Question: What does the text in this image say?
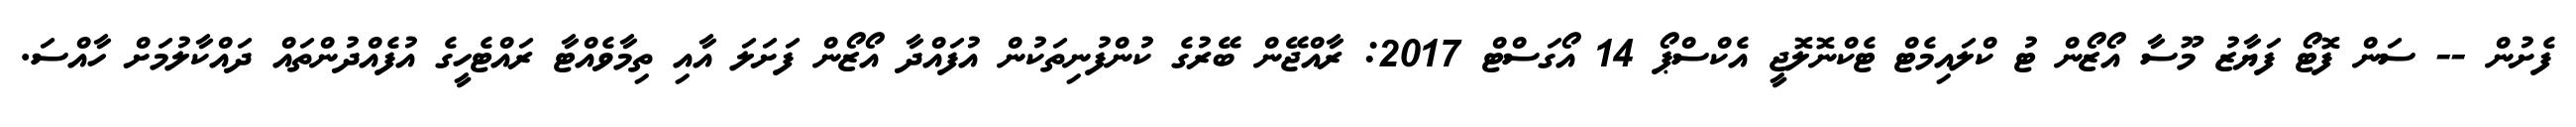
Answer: ފެށުން -- ސަން ފޮޓޯ ފަޔާޒު މޫސާ އޯޒޯން ޓު ކްލައިމެޓް ޓެކްނޮލޮޖީ އެކްސްޕޯ 14 އޯގަސްޓް 2017: ރާއްޖޭން ބޭރުގެ ކުންފުނިތަކުން އުފައްދާ އޯޒޯން ފަށަލަ އާއި ތިމާވެއްޓާ ރައްޓެހީގެ އުފެއްދުންތައް ދައްކާލުމަށް ހާއްސަ.